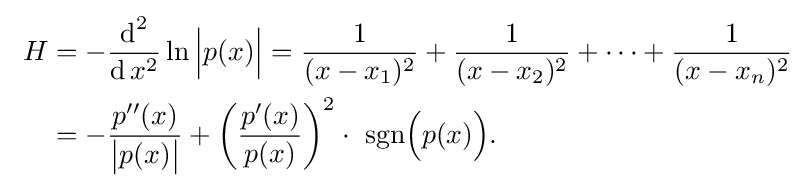
{\begin{aligned}\ H&=-{\frac {\operatorname {d} ^{2}}{\operatorname {d} x^{2}}}\ln {\Bigl |}p(x){\Bigr |}={\frac {1}{(x-x_{1})^{2}}}+{\frac {1}{(x-x_{2})^{2}}}+\cdots +{\frac {1}{(x-x_{n})^{2}}}\\&=-{\frac {p''(x)}{{\bigl |}p(x){\bigr |}}}+\left({\frac {p'(x)}{p(x)}}\right)^{2}\cdot \ \operatorname {sgn} \!{\Bigl (}p(x){\Bigr )}.\end{aligned}}